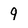
Character: 9